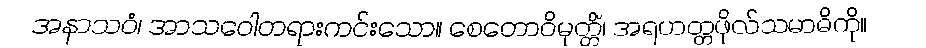
အနာသဝံ၊ အာသဝေါတရားကင်းသော။ စေတောဝိမုတ္တိံ၊ အရဟတ္တဖိုလ်သမာဓိကို။